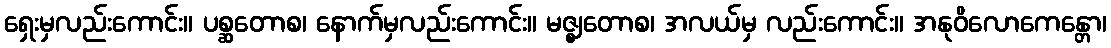
ရှေးမှလည်းကောင်း။ ပစ္ဆတောစ၊ နောက်မှလည်းကောင်း။ မဇ္ဈတောစ၊ အလယ်မှ လည်းကောင်း။ အနုဝိလောကေန္တော၊